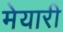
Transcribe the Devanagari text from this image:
मेयारी